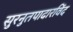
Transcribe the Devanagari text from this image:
सुरनुतपादारविंद